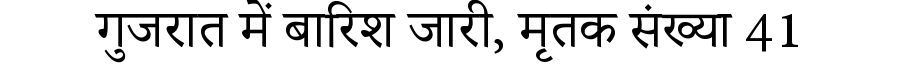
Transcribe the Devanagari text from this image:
गुजरात में बारिश जारी, मृतक संख्या 41